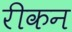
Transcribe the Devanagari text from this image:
रीकन